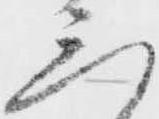
三